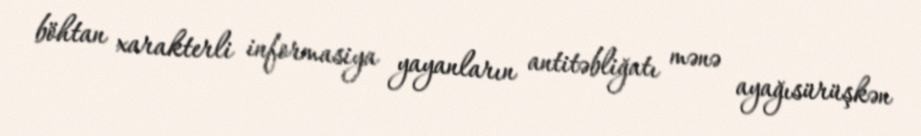
böhtan xarakterli informasiya yayanların antitəbliğatı mənə ayağısürüşkən